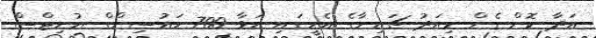
އަދާ ކޮށް ގެން މިއަދު ޗައިނާގެ އެހީގައި އަޅާ 700 ހައުސިންގް ޔުނިޓްސް